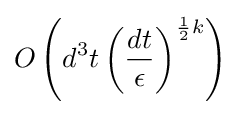
O\left(d^{3}t\left({\frac {dt}{\epsilon }}\right)^{{\frac {1}{2}}k}\right)